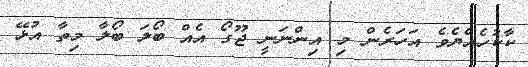
ކާކުހެއްޔެވެ އަހަރެން މި އިންނަނީ ޖޫގޯ އެއް ބޯލަ ބޯލާ މިތާ އުޅޭ